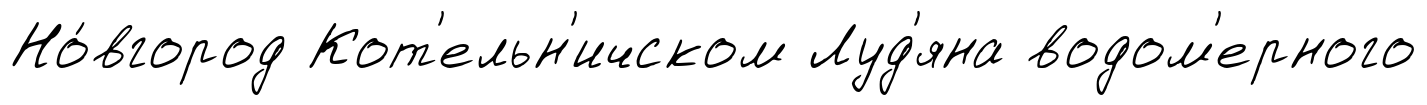
Но́вгород Кот'ельн'ичском Луд'яна водом'ерного